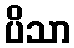
ပိသာ